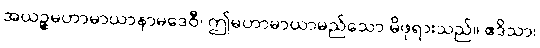
အယဉ္စမဟာမာယာနာမဒေဝီ၊ ဤမဟာမာယာမည်သော မိဖုရားသည်။ ဧဒိသာ၊